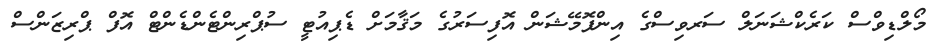
މޯލްޑިވްސް ކަރެކްޝަނަލް ސަރވިސްގެ އިންފޮމޭޝަން އޮފިސަރުގެ މަޤާމަށް ޑެޕިއުޓީ ސުޕްރިންޓެންޑެންޓް އޮފް ޕްރިޒަންސް